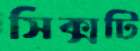
সিক্সটি